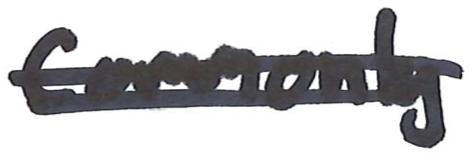
Text: commonly
Cross-out: double-line
Writing tool: marker